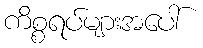
ကိစ္စရပ်များအပေါ်